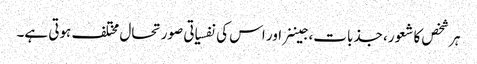
ہر شخص کا شعور، جذبات، جیننر اور اس کی نفسیاتی صورتحال مختلف ہوتی ہے۔